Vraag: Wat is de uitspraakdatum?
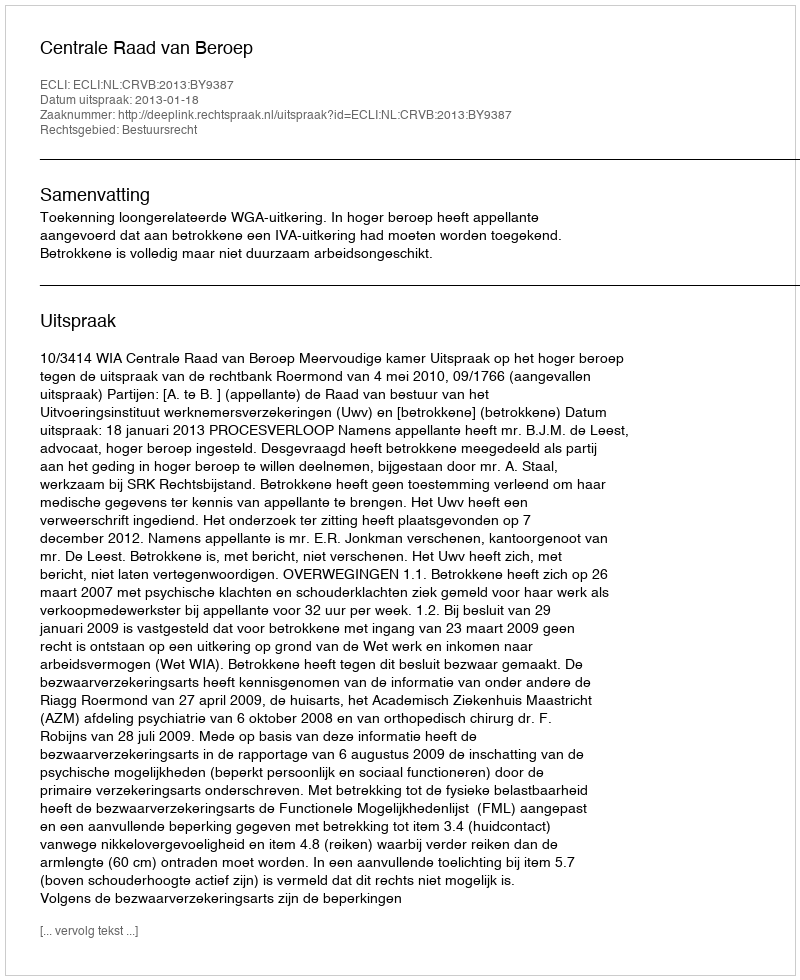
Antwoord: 2013-01-18